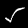
Digit: 5